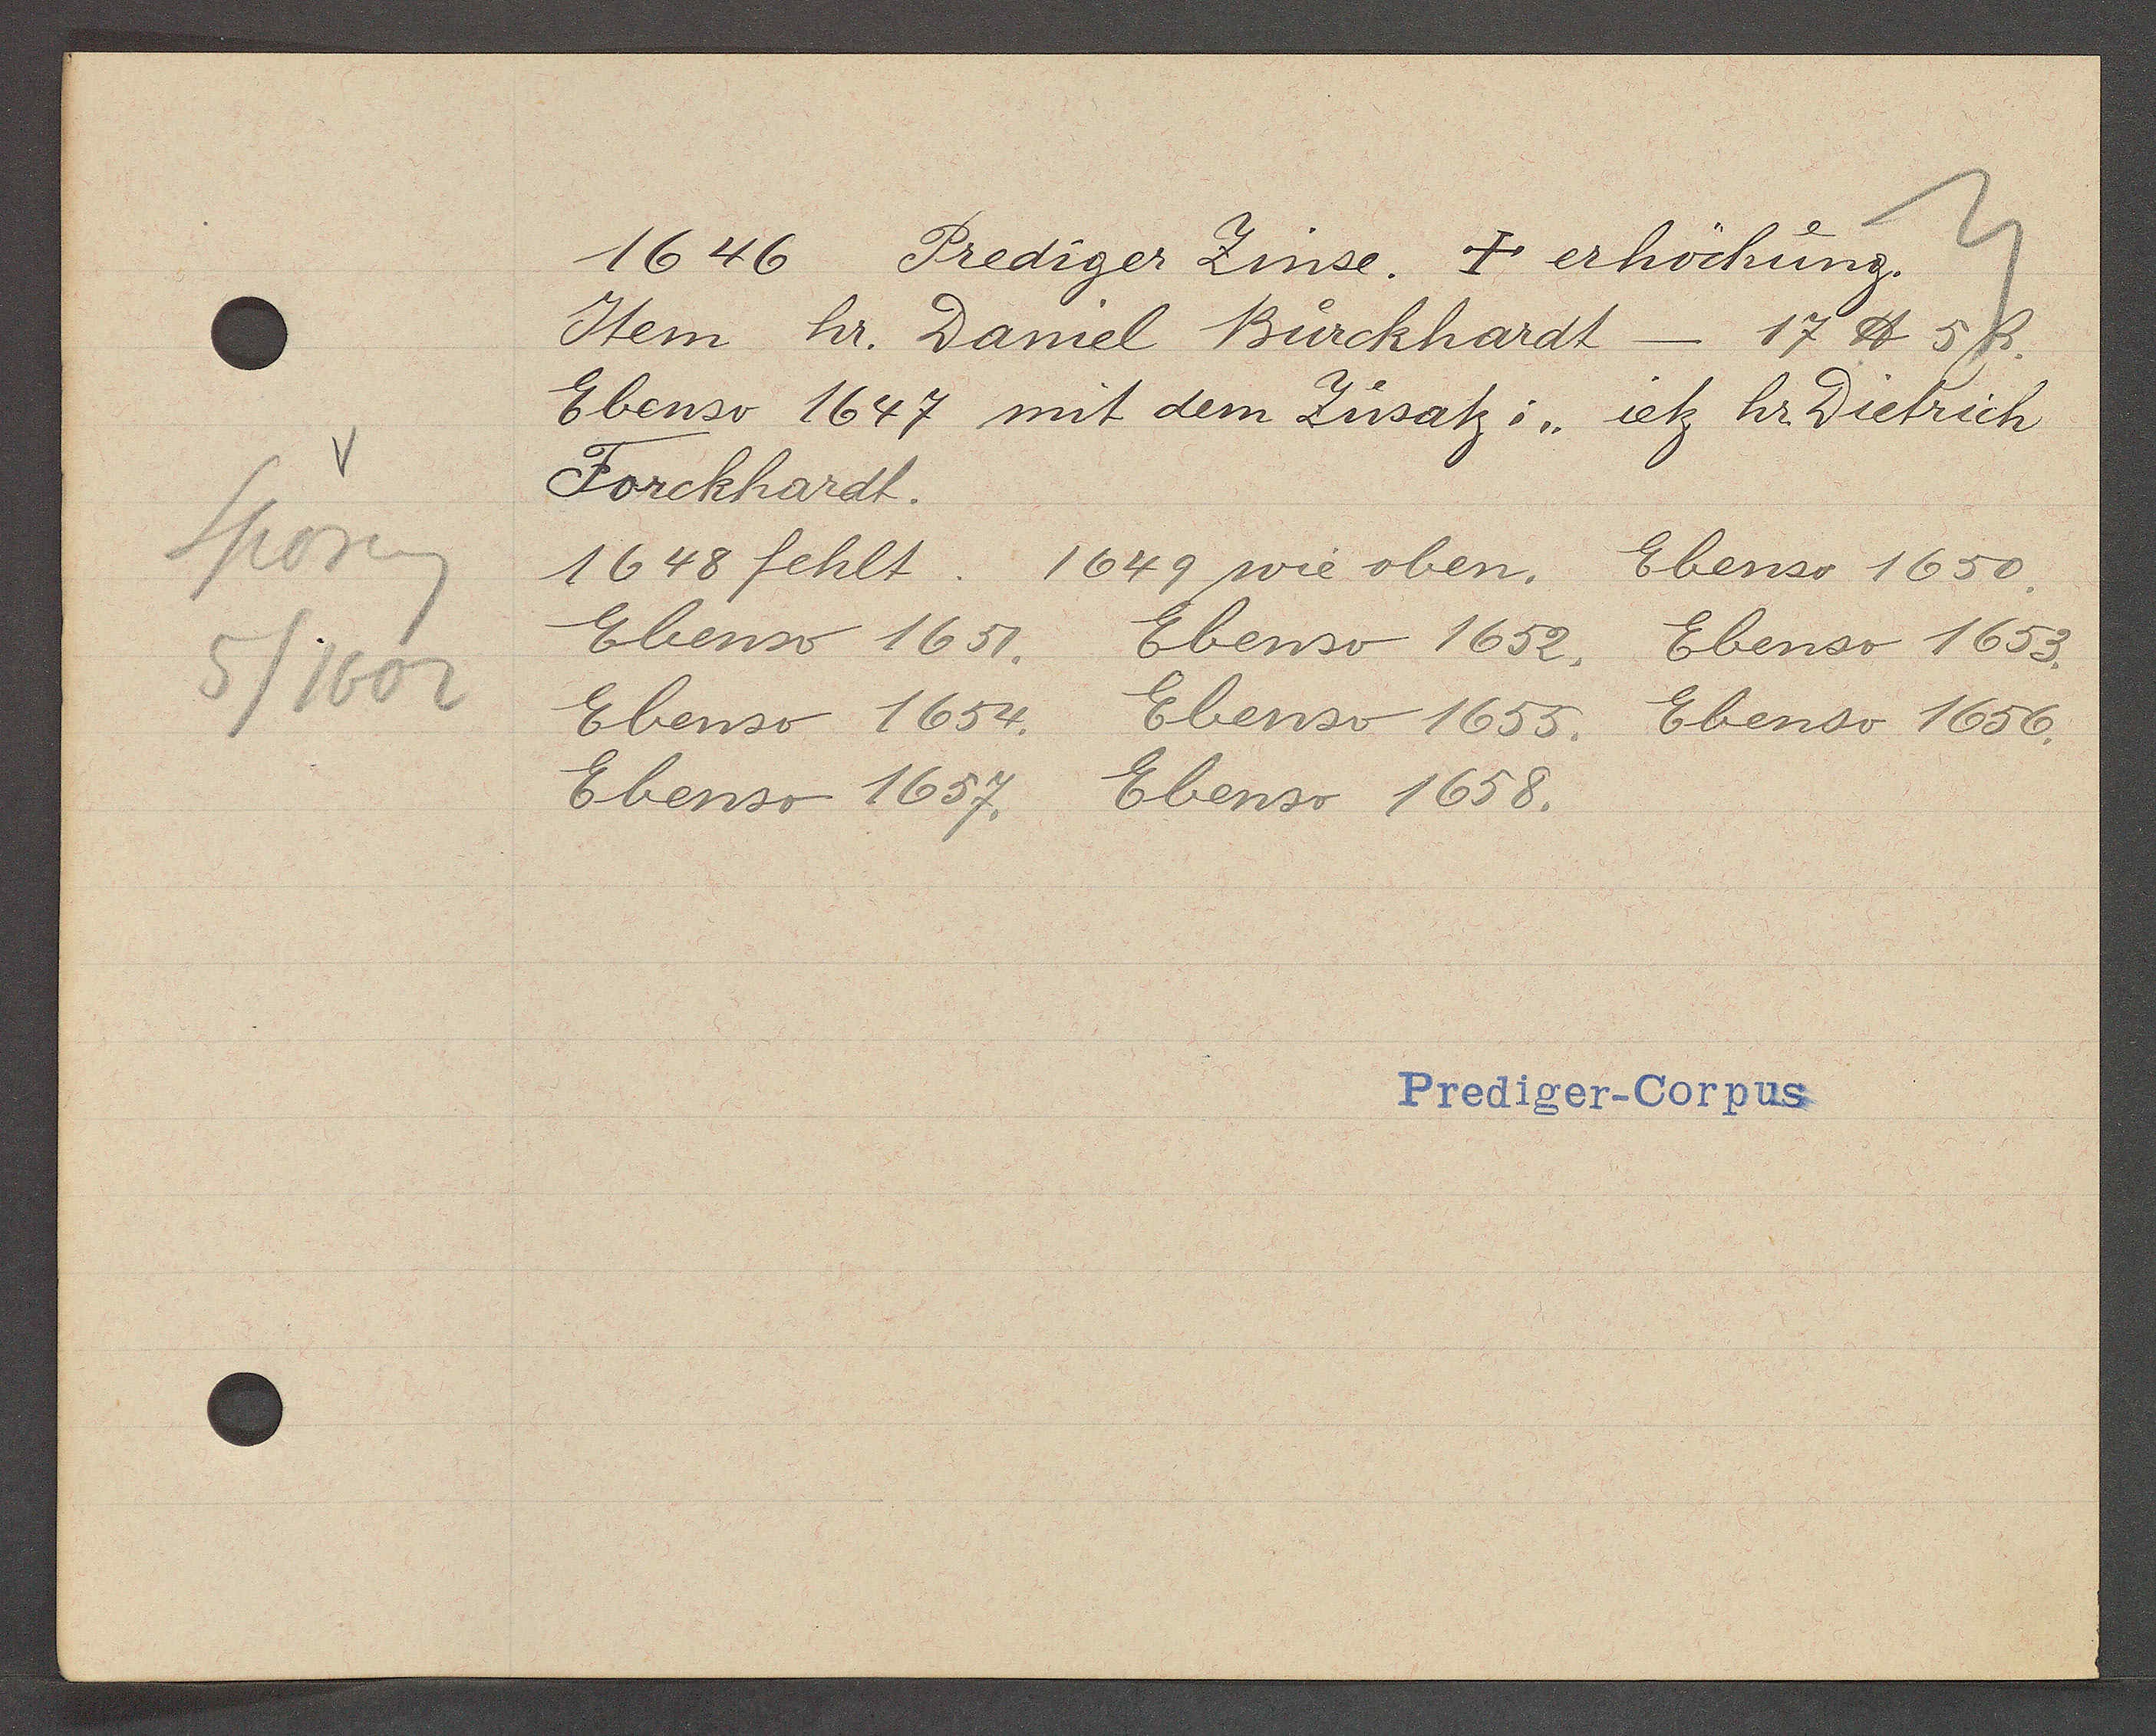
Transcript:
Sporeng
5/1602

1646. Prediger Zinse. † erhöchung.

Item hr. Daniel Burckhardt - 17 ℔ 5ß
Ebenso 1647 mit dem Zusatz i,,
ietz hr. Dietrich
Forckhardt.
1648 fehlt.
1649 wie oben.
Ebenso 1650.
Ebenso 1651.
Ebenso 1652.
Ebenso 1653.
Ebenso 1654.
Ebenso 1655.
Ebenso 1656.
Ebenso 1657. Ebenso 1658.

Prediger-Corpus